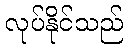
လုပ်နိုင်သည်